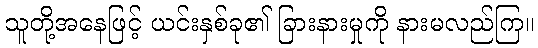
သူတို့အနေဖြင့် ယင်းနှစ်ခု၏ ခြားနားမှုကို နားမလည်ကြ။